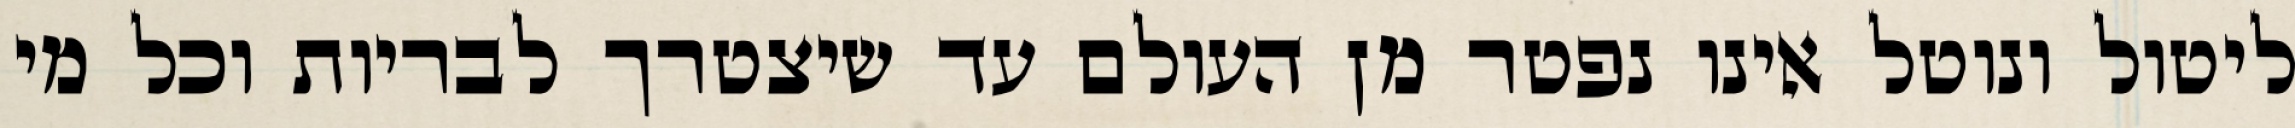
ליטול ונוטל אינו נפטר מן העולם עד שיצטרך לבריות וכל מי